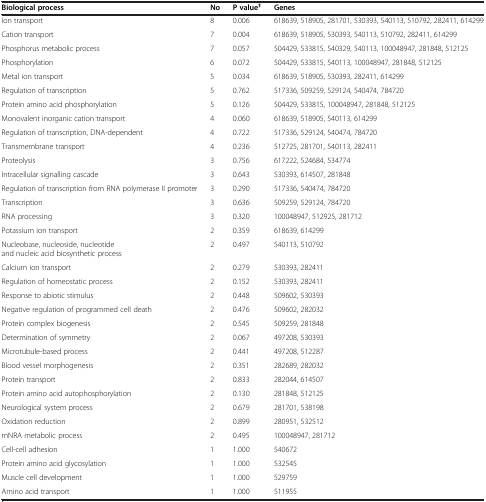
<table><thead><tr><td><b>Biological process</b></td><td><b>No</b></td><td><b>P value<sup>‡</sup></b></td><td><b>Genes</b></td></tr></thead><tbody><tr><td>Ion transport</td><td>8</td><td>0.006</td><td>618639, 518905, 281701, 530393, 540113, 510792, 282411, 614299</td></tr><tr><td>Cation transport</td><td>7</td><td>0.004</td><td>618639, 518905, 530393, 540113, 510792, 282411, 614299</td></tr><tr><td>Phosphorus metabolic process</td><td>7</td><td>0.057</td><td>504429, 533815, 540329, 540113, 100048947, 281848, 512125</td></tr><tr><td>Phosphorylation</td><td>6</td><td>0.072</td><td>504429, 533815, 540113, 100048947, 281848, 512125</td></tr><tr><td>Metal ion transport</td><td>5</td><td>0.034</td><td>618639, 518905, 530393, 282411, 614299</td></tr><tr><td>Regulation of transcription</td><td>5</td><td>0.762</td><td>517336, 509259, 529124, 540474, 784720</td></tr><tr><td>Protein amino acid phosphorylation</td><td>5</td><td>0.126</td><td>504429, 533815, 100048947, 281848, 512125</td></tr><tr><td>Monovalent inorganic cation transport</td><td>4</td><td>0.060</td><td>618639, 518905, 540113, 614299</td></tr><tr><td>Regulation of transcription, DNA-dependent</td><td>4</td><td>0.722</td><td>517336, 529124, 540474, 784720</td></tr><tr><td>Transmembrane transport</td><td>4</td><td>0.236</td><td>512725, 281701, 540113, 282411</td></tr><tr><td>Proteolysis</td><td>3</td><td>0.756</td><td>617222, 524684, 534774</td></tr><tr><td>Intracellular signalling cascade</td><td>3</td><td>0.643</td><td>530393, 614507, 281848</td></tr><tr><td>Regulation of transcription from RNA polymerase II promoter</td><td>3</td><td>0.290</td><td>517336, 540474, 784720</td></tr><tr><td>Transcription</td><td>3</td><td>0.636</td><td>509259, 529124, 784720</td></tr><tr><td>RNA processing</td><td>3</td><td>0.320</td><td>100048947, 512925, 281712</td></tr><tr><td>Potassium ion transport</td><td>2</td><td>0.359</td><td>618639, 614299</td></tr><tr><td>Nucleobase, nucleoside, nucleotide and nucleic acid biosynthetic process</td><td>2</td><td>0.497</td><td>540113, 510792</td></tr><tr><td>Calcium ion transport</td><td>2</td><td>0.279</td><td>530393, 282411</td></tr><tr><td>Regulation of homeostatic process</td><td>2</td><td>0.152</td><td>530393, 282411</td></tr><tr><td>Response to abiotic stimulus</td><td>2</td><td>0.448</td><td>509602, 530393</td></tr><tr><td>Negative regulation of programmed cell death</td><td>2</td><td>0.476</td><td>509602, 282032</td></tr><tr><td>Protein complex biogenesis</td><td>2</td><td>0.545</td><td>509259, 281848</td></tr><tr><td>Determination of symmetry</td><td>2</td><td>0.067</td><td>497208, 530393</td></tr><tr><td>Microtubule-based process</td><td>2</td><td>0.441</td><td>497208, 512287</td></tr><tr><td>Blood vessel morphogenesis</td><td>2</td><td>0.351</td><td>282689, 282032</td></tr><tr><td>Protein transport</td><td>2</td><td>0.833</td><td>282044, 614507</td></tr><tr><td>Protein amino acid autophosphorylation</td><td>2</td><td>0.130</td><td>281848, 512125</td></tr><tr><td>Neurological system process</td><td>2</td><td>0.679</td><td>281701, 538198</td></tr><tr><td>Oxidation reduction</td><td>2</td><td>0.899</td><td>280951, 532512</td></tr><tr><td>mNRA metabolic process</td><td>2</td><td>0.495</td><td>100048947, 281712</td></tr><tr><td>Cell-cell adhesion</td><td>1</td><td>1.000</td><td>540672</td></tr><tr><td>Protein amino acid glycosylation</td><td>1</td><td>1.000</td><td>532545</td></tr><tr><td>Muscle cell development</td><td>1</td><td>1.000</td><td>529759</td></tr><tr><td>Amino acid transport</td><td>1</td><td>1.000</td><td>511955</td></tr></tbody></table>